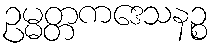
ဥမ္မတ္တကဒေသနဉ္စ